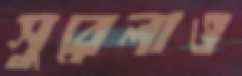
সুরেলাও